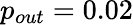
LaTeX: p_{out}=0.02